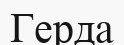
Герда